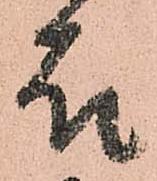
故